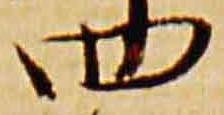
四